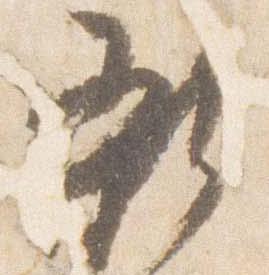
新